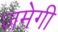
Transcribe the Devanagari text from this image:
जमेगी